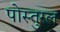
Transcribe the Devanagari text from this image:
पोस्तुरल